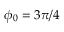
\phi _ { 0 } = 3 \pi / 4